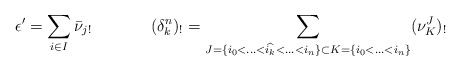
\begin{align*}\epsilon'=\sum_{i \in I} \bar{\nu}_{j!} & \ & (\delta_k^n)_!=\sum_{J=\{i_0<\hdots<\widehat{i_k}<\hdots<i_n\} \subset K=\{i_0<\hdots<i_n\}} (\nu_{K}^J)_!\end{align*}